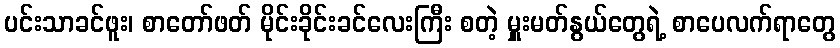
ပင်းသာခင်ဖူး၊ စာတော်ဖတ် မိုင်းခိုင်းခင်လေးကြီး စတဲ့ မှူးမတ်နွယ်တွေရဲ့ စာပေလက်ရာတွေ